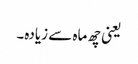
یعنی چھ ماہ سے زیادہ۔